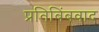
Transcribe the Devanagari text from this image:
प्रतिबिंबवाद